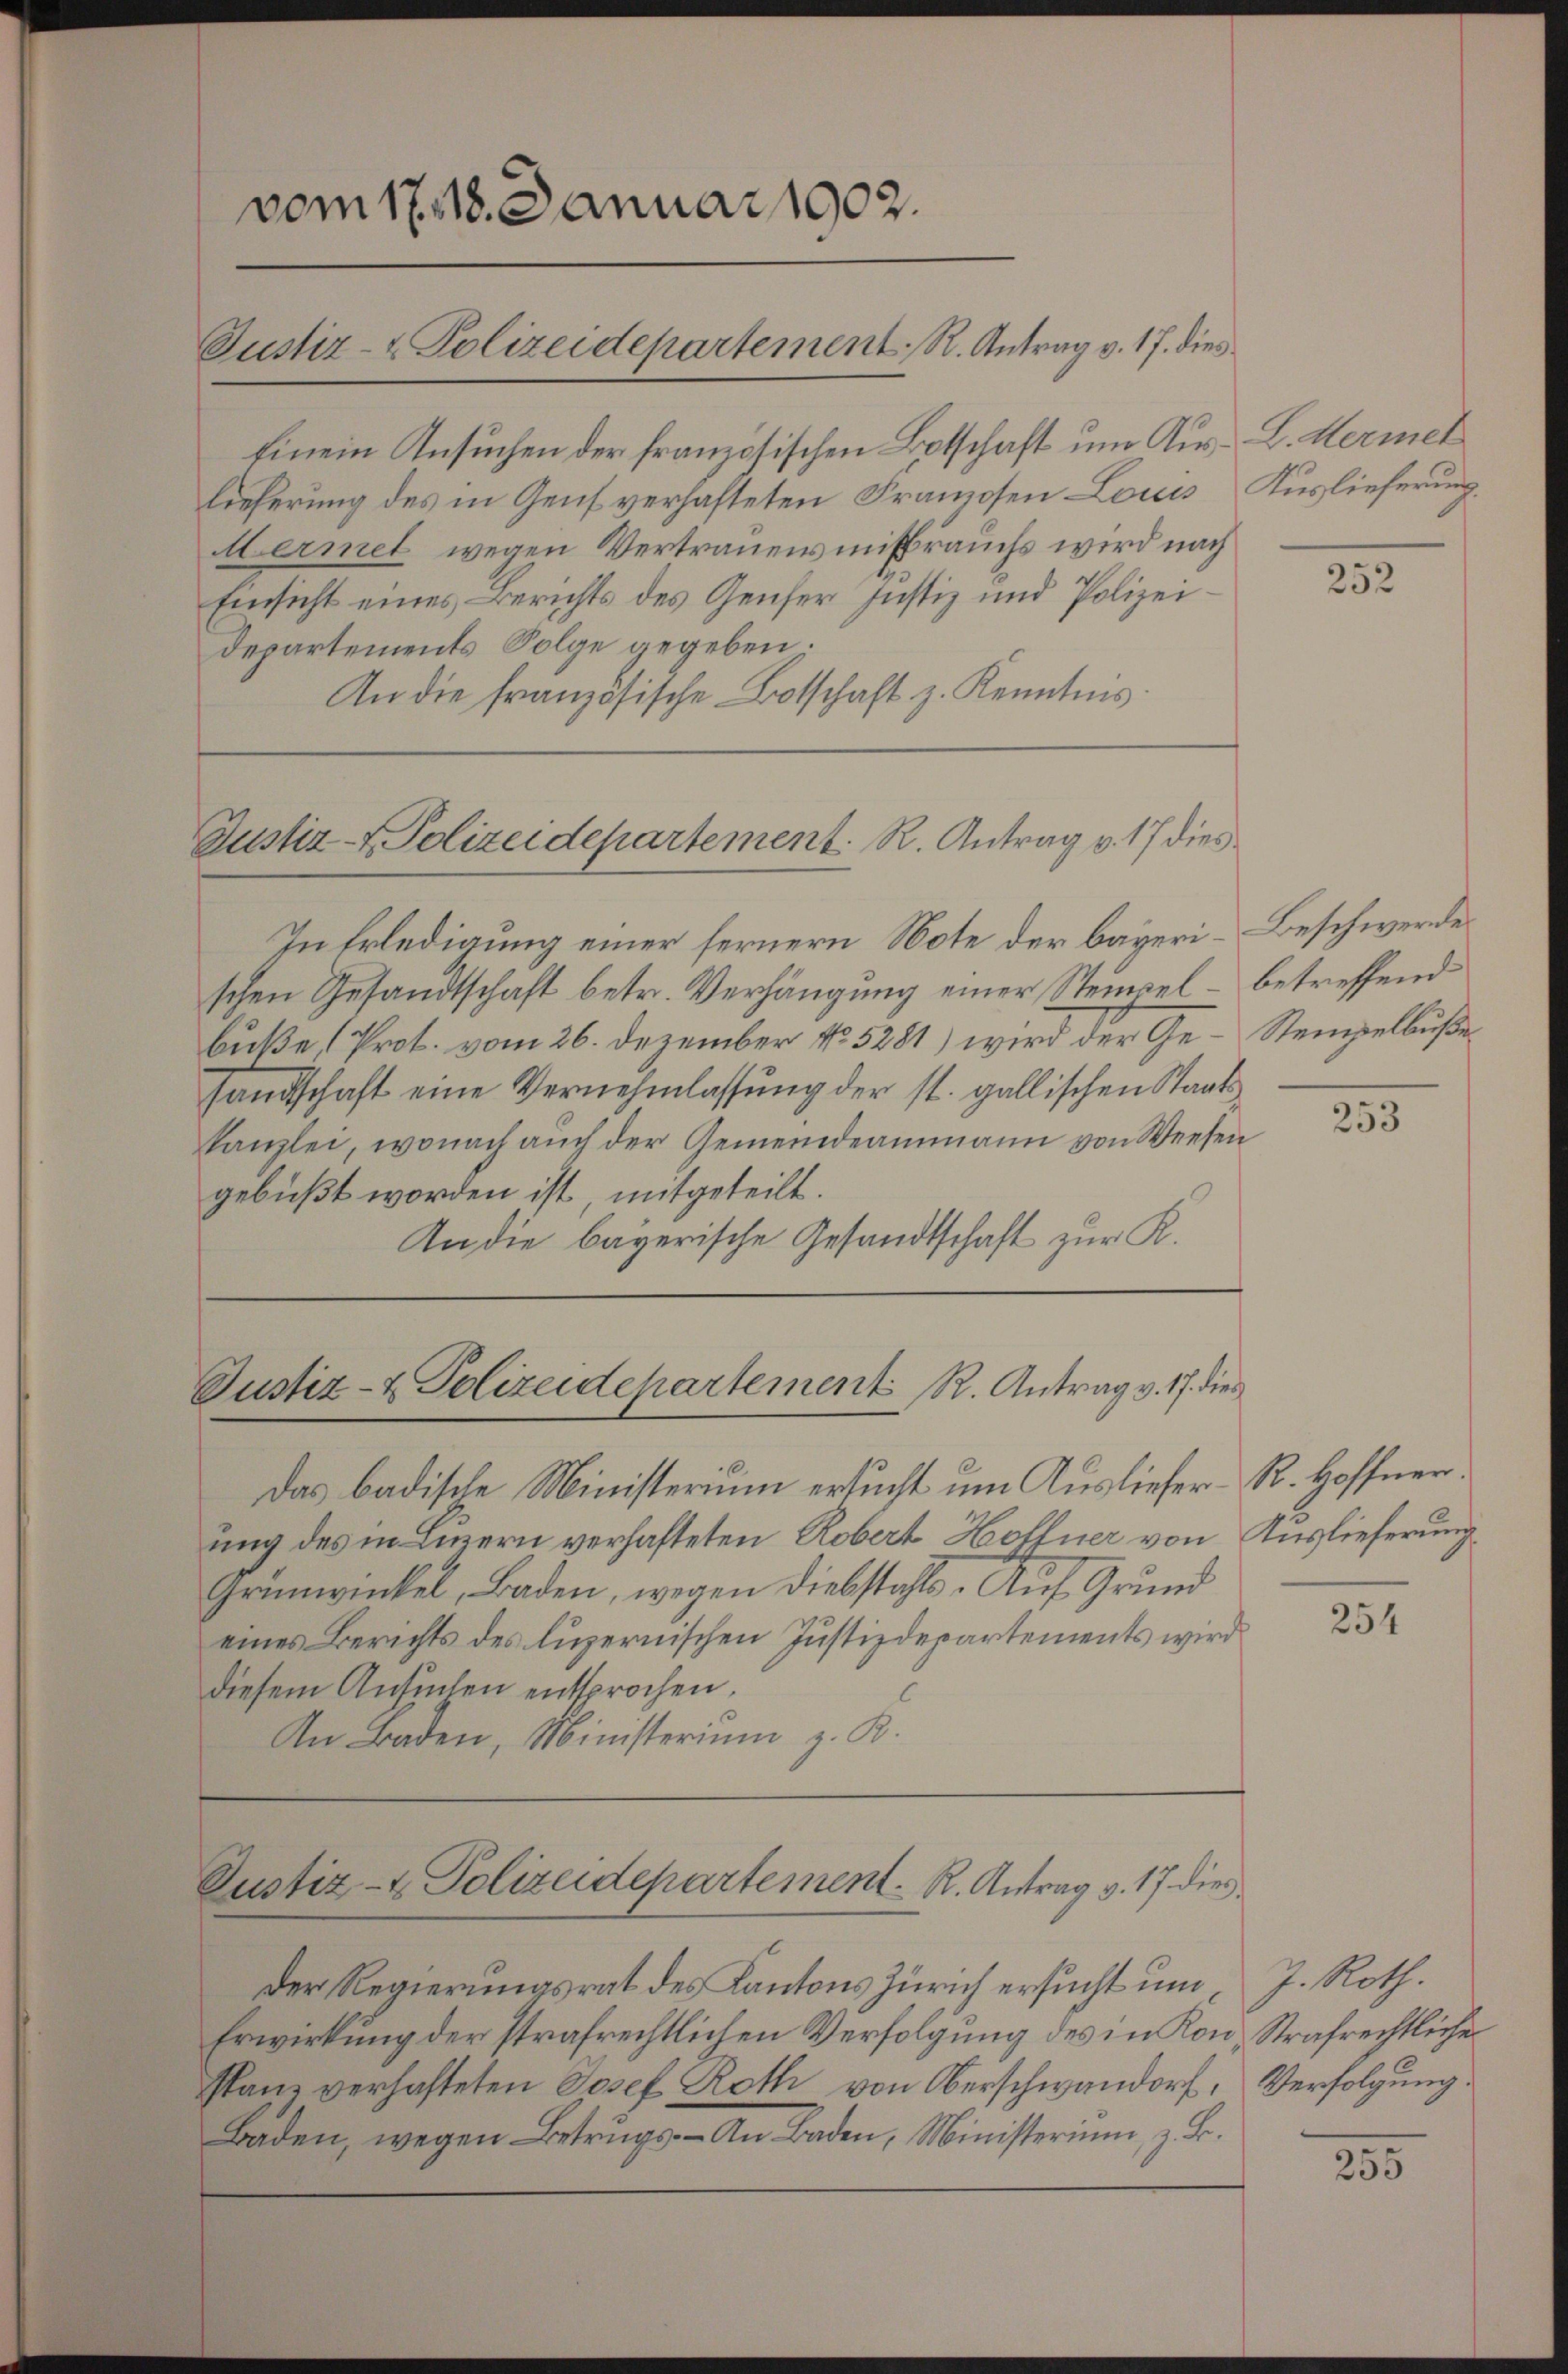
Einem Ansuchen der französischen Botschaft um Aus-L. Hermet
lieferung des in Genf verhafteten Franzosen Louis Auslieferung,
Aermet wegen Vertrauensmißbrauchs wird nach
Einsicht eines Berichts des Genfer Justiz und Polizeidepartements Folge gegeben.
An die französische Botschaft z. Kenntnis

vom 17. 18. Januar 1902.

Justiz- & Polizeidepartement, R. Antrag v. 17. dies

Justiz- & Polizeidepartement. R. Antrag v. 17 dies

In Erledigung einer fernern Note der bayeri-Beschwerdes
schen Gesandtschaft betr. Verhängung einer Steurel – betreffend
buße (Prot. vom 26. Dezember No. 5281) wird der Ge- Stempelbuße
sandschaft eine Vernehmlassung der st. gallischen Staatskanzlei, wonach auch der Gemeindeammann von Weesen
gebüßt worden ist, mitgeteilt.
An die bayerische Gesandtschaft zur K.

Justiz- & Polizeidepartement R. Antrag v. 17. dies

Das badische Ministerium ersucht um Ausliefer R. Hoffnerung des in Luzern verhafteten Robert Hoffner von Auslieferung
Grünwickel, Baden, wegen Diebstahls. Auf Grund
eines Berichts des luzernischen Justizdepartements wird
diesem Ansŭchen entsprochen.
An Baden, Ministerium z. B.

Justiz- & Polizeidepartement. R. Antrag v. 17. dies

252

253

Der Regierungsrat des Kantons Zürich ersucht um J. Roth.
Erwirkung der strafrechtlichen Verfolgung des in Kon, Strafrechtliche
Planz verhafteten Josef Roth von Oberschwandorf, Verfolgung.
Baden, wegen Betrugs. An Baden, Ministerium, z. B.

254

255